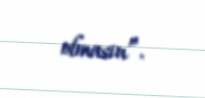
olmasın”.